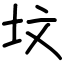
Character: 坟